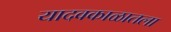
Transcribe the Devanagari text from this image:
यादवकाळातला